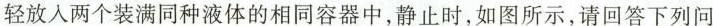
轻放入两个装满同种液体的相同容器中，静止时，如图所示，请回答下列问